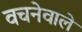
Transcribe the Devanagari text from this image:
वचनेवाले